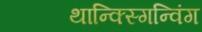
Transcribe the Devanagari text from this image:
थान्क्स्गिन्विंग